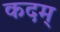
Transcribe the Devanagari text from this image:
कदम्